Plague in India, 1896, 1897 - Volume 3
Year: 1896
Disease focus: Plague
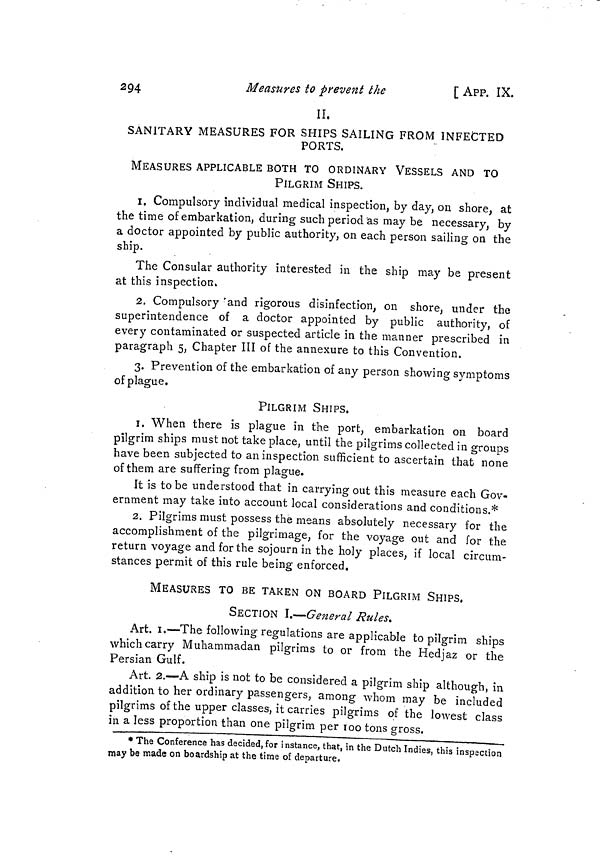
294
Measures to prevent
the
[ APP. IX.
II.
SANITARY MEASURES FOR SHIPS SAILING FROM INFECTED
PORTS.
MEASURES APPLICABLE BOTH TO ORDINARY VESSELS AND TO
PILGRIM SHIPS.
1. Compulsory individual medical inspection, by day, on shore, at
the time of embarkation, during such period as may be necessary, by
a doctor appointed by public authority, on each person sailing on the
ship.
The Consular authority interested in the ship may be present
at this inspection.
2. Compulsory and rigorous disinfection, on shore, under the
superintendence of a doctor appointed by public authority, of
every contaminated or suspected article in the manner prescribed in
paragraph 5, Chapter III of the annexure to this Convention.
3. Prevention of the embarkation of any person showing symptoms
of plague.
PILGRIM SHIPS.
1. When there is plague in the port, embarkation on board
pilgrim ships must not take place, until the pilgrims collected in groups
have been subjected to an inspection sufficient to ascertain that none
of them are suffering from plague.
It is to be understood that in carrying out this measure each Gov-
ernment may take into account local considerations and conditions.*
2. Pilgrims must possess the means absolutely necessary for the
accomplishment of the pilgrimage, for the voyage out and for the
return voyage and for the sojourn in the holy places, if local circum-
stances permit of this rule being enforced.
MEASURES TO BE TAKEN ON BOARD PILGRIM SHIPS.
SECTION I.—General Rules.
Art. 1.—The following regulations are applicable to pilgrim ships
which carry Muhammadan pilgrims to or from the Hedjaz or the
Persian Gulf.
Art. 2.—A ship is not to be considered a pilgrim ship although, in
addition to her ordinary passengers, among whom may be included
pilgrims of the upper classes, it carries pilgrims of the lowest class
in a less proportion than one pilgrim per 100 tons gross.
* The Conference has decided, for instance, that, in the Dutch Indies, this inspsction
may be made on boardship at the time of departure.